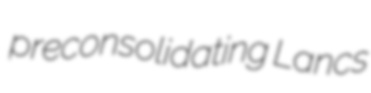
preconsolidating Lancs